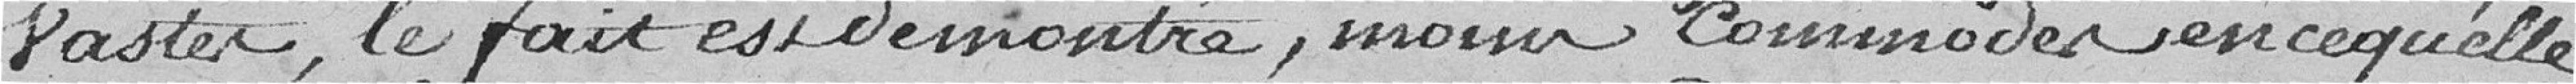
vastes, le fait est démontré, moins commodes en ce qu'elle